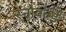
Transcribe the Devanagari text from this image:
स्नोवर्ल्ड